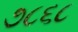
૭૮૬૮